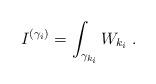
LaTeX: \begin{align*}I^{(\gamma_i)}= \int_{{\gamma}_{k_i}} W_{k_i}\; .\end{align*}